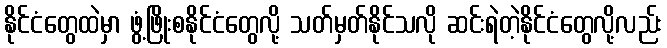
နိုင်ငံတွေထဲမှာ ဖွံ့ဖြိုးစနိုင်ငံတွေလို့ သတ်မှတ်နိုင်သလို ဆင်းရဲတဲ့နိုင်ငံတွေလို့လည်း